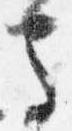
馬